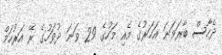
ދެހާސް ބާރަވަނަ އަހަރުގެ މެއި މަހުގެ 29 ވަނަ ދުވަހުގެ ރޭ އަރުހަމް